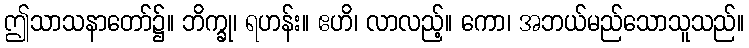
ဤသာသနာတော်၌။ ဘိက္ခု၊ ရဟန်း။ ဧဟိ၊ လာလည့်။ ကော၊ အဘယ်မည်သောသူသည်။